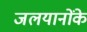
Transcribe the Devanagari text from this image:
जलयानोंके